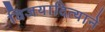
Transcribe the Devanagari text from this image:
विजयादित्याने